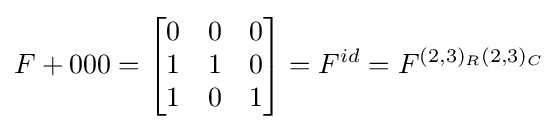
F+000={\begin{bmatrix}0&0&0\\1&1&0\\1&0&1\end{bmatrix}}=F^{id}=F^{(2,3)_{R}(2,3)_{C}}